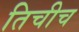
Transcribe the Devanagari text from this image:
तिचीच